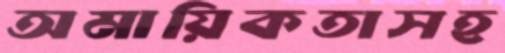
অমায়িকতাসহ